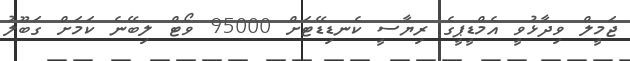
ޖަމީލް ވިދާޅުވީ އެމްޑީޕީގެ ރިޔާސީ ކެނޑިޑޭޓަށް 95000 ވޯޓް ލިބޭނެ ކަމަށް ގަބޫލު